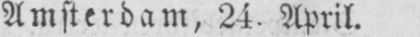
Amsterdam, 24. April.